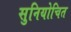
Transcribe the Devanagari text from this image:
सुनियोचित